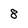
Character: 8